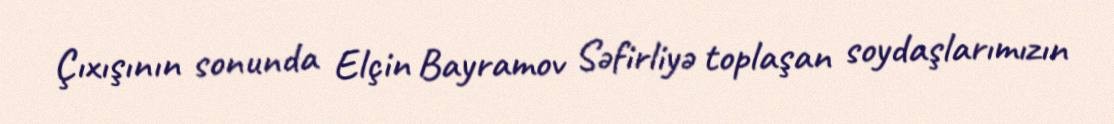
Çıxışının sonunda Elçin Bayramov Səfirliyə toplaşan soydaşlarımızın